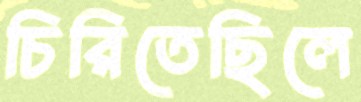
চিরিতেছিলে